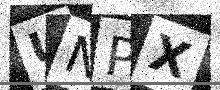
Text: UNPX